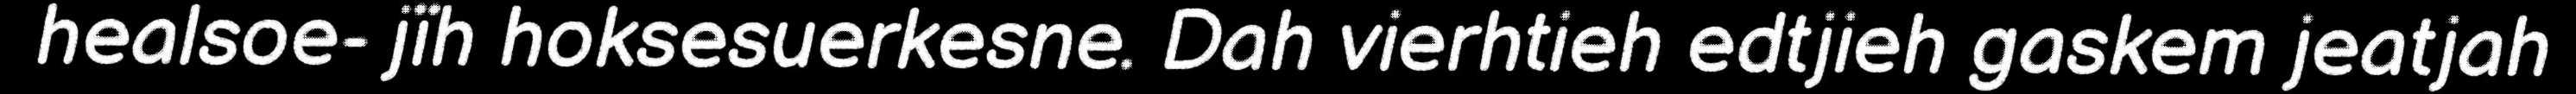
healsoe- jïh hoksesuerkesne. Dah vierhtieh edtjieh gaskem jeatjah